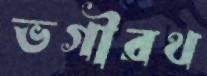
ভগীরথ